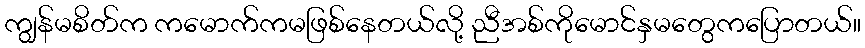
ကျွန်မစိတ်က ကမောက်ကမဖြစ်နေတယ်လို့ ညီအစ်ကိုမောင်နှမတွေကပြောတယ်။